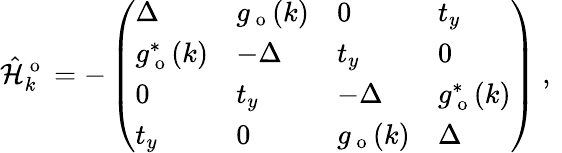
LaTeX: \hat{\mathcal{H}}_{k}^{\mathrm{~o~}}=-\left(\begin{array}{llll}{\Delta}&{g_{\mathrm{~o~}}(k)}&{0}&{t_{y}}\\ {g_{\mathrm{~o~}}^{*}(k)}&{-\Delta}&{t_{y}}&{0}\\ {0}&{t_{y}}&{-\Delta}&{g_{\mathrm{~o~}}^{*}(k)}\\ {t_{y}}&{0}&{g_{\mathrm{~o~}}(k)}&{\Delta}\end{array}\right)\mathrm{~,~}